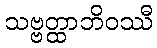
သဗ္ဗတ္ထာဘိဝဿီ